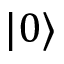
| 0 \rangle